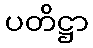
ပတိဋ္ဌာ